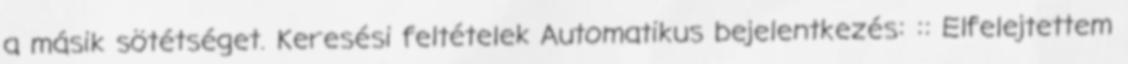
a másik sötétséget. Keresési feltételek Automatikus bejelentkezés: :: Elfelejtettem